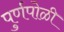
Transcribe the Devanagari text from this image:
पुर्णपोळी